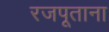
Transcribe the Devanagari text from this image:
रजपूताना